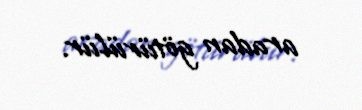
aradan götürülür.